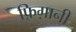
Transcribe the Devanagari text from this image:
फ़िग़ानी